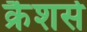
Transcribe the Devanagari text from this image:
क्रैशर्स